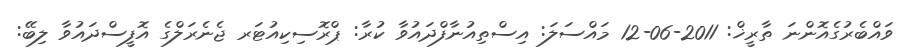
ވައްބެރުގެއޮންނަ ތާރީޚް: 2011-06-12 މައްސަލަ: އިސްތިއުނާފްދައުވާ ކުރާ: ޕްރޮސިކިއުޓަރ ޖެނެރަލްގެ އޮފީސްދައުވާ ލިބޭ: